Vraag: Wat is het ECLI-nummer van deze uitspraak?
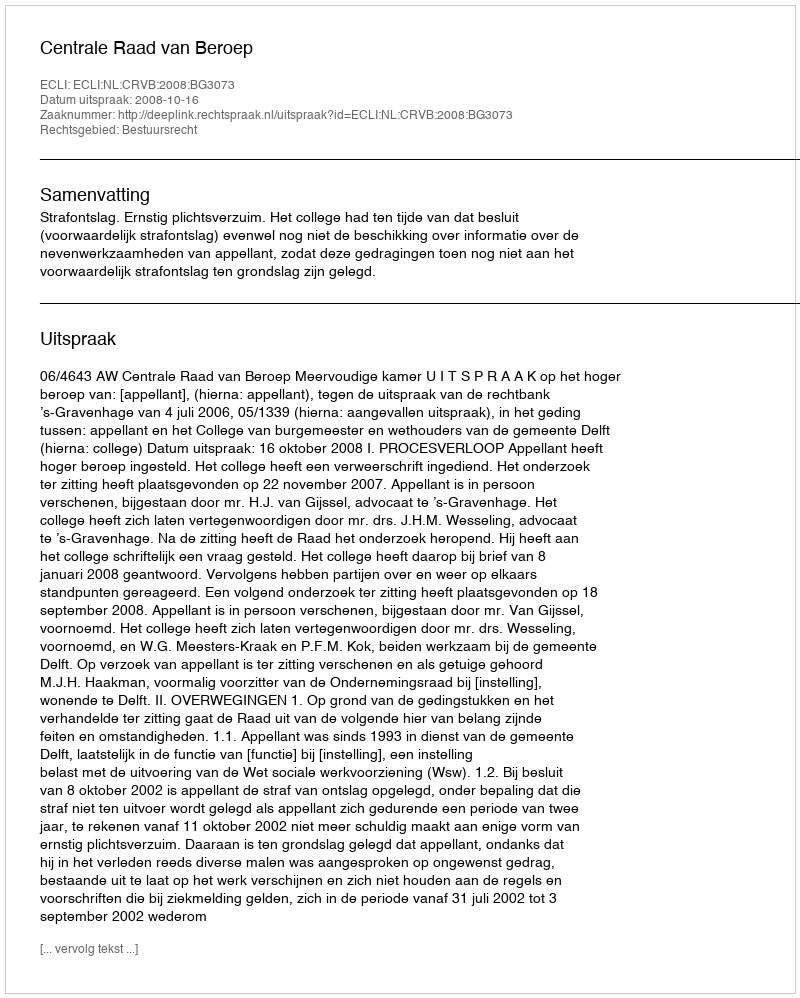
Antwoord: ECLI:NL:CRVB:2008:BG3073